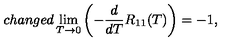
c h a n g e d \lim _ { T \to 0 } \left( - \frac { d } { d T } R _ { 1 1 } ( T ) \right) = - 1 ,